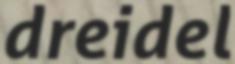
dreidel